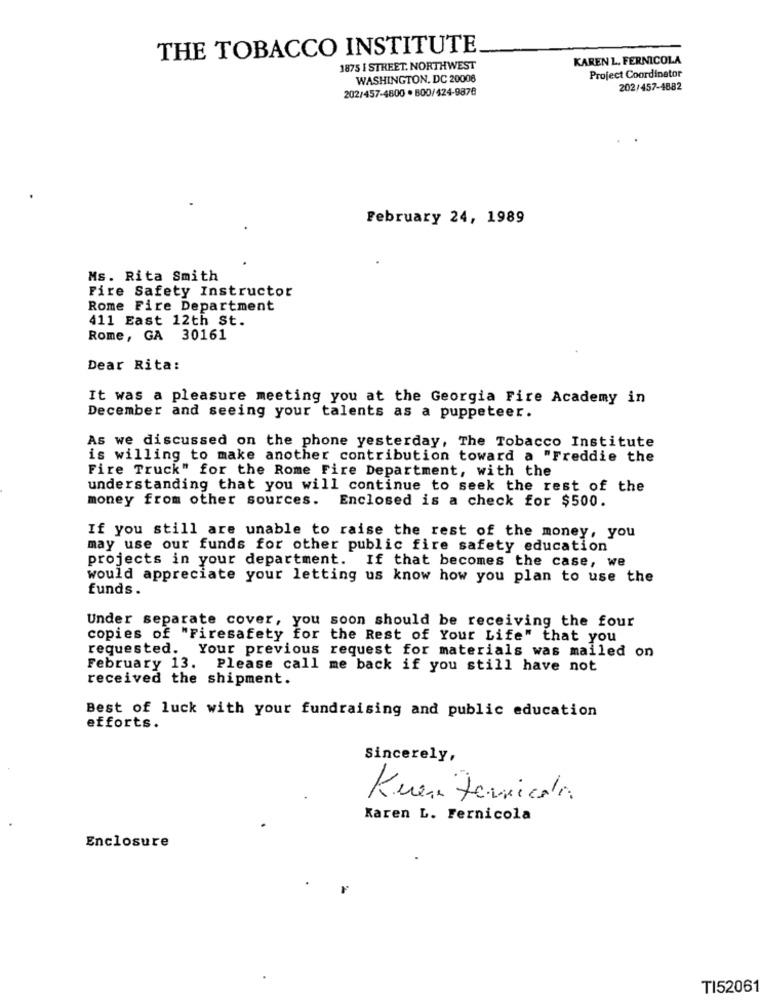
THE TOBACCO INSTITUTE
KAREN L. FERNICOLA
1875 I STREET. NORTHWEST
WASHINGTON, DC 20006
Project Coordinator
202/457-4800 · 800/424-9878
202/457-4882
February 24, 1989
Ms. Rita Smith
Fire Safety Instructor
Rome Fire Department
411 East 12th St.
Rome, GA 30161
Dear Rita:
It was a pleasure meeting you at the Georgia Fire Academy in
December and seeing your talents as a puppeteer.
As we discussed on the phone yesterday, The Tobacco Institute
is willing to make another contribution toward a "Freddie the
Fire Truck" for the Rome Fire Department, with the
understanding that you will continue to seek the rest of the
money from other sources. Enclosed is a check for $500.
If you still are unable to raise the rest of the money, you
may use our funds for other public fire safety education
projects in your department. If that becomes the case, we
would appreciate your letting us know how you plan to use the
funds.
Under separate cover, you soon should be receiving the four
copies of "Firesafety for the Rest of Your Life" that you
requested. Your previous request for materials was mailed on
February 13. Please call me back if you still have not
received the shipment.
Best of luck with your fundraising and public education
efforts.
Sincerely,
Kuer Tennicola
Karen L. Fernicola
Enclosure
TI5206